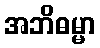
အဘိဓမ္မာ